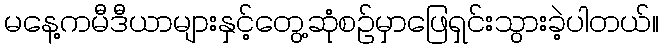
မနေ့ကမီဒီယာများနှင့်တွေ့ဆုံစဉ်မှာဖြေရှင်းသွားခဲ့ပါတယ်။